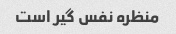
منظره نفس گیر است